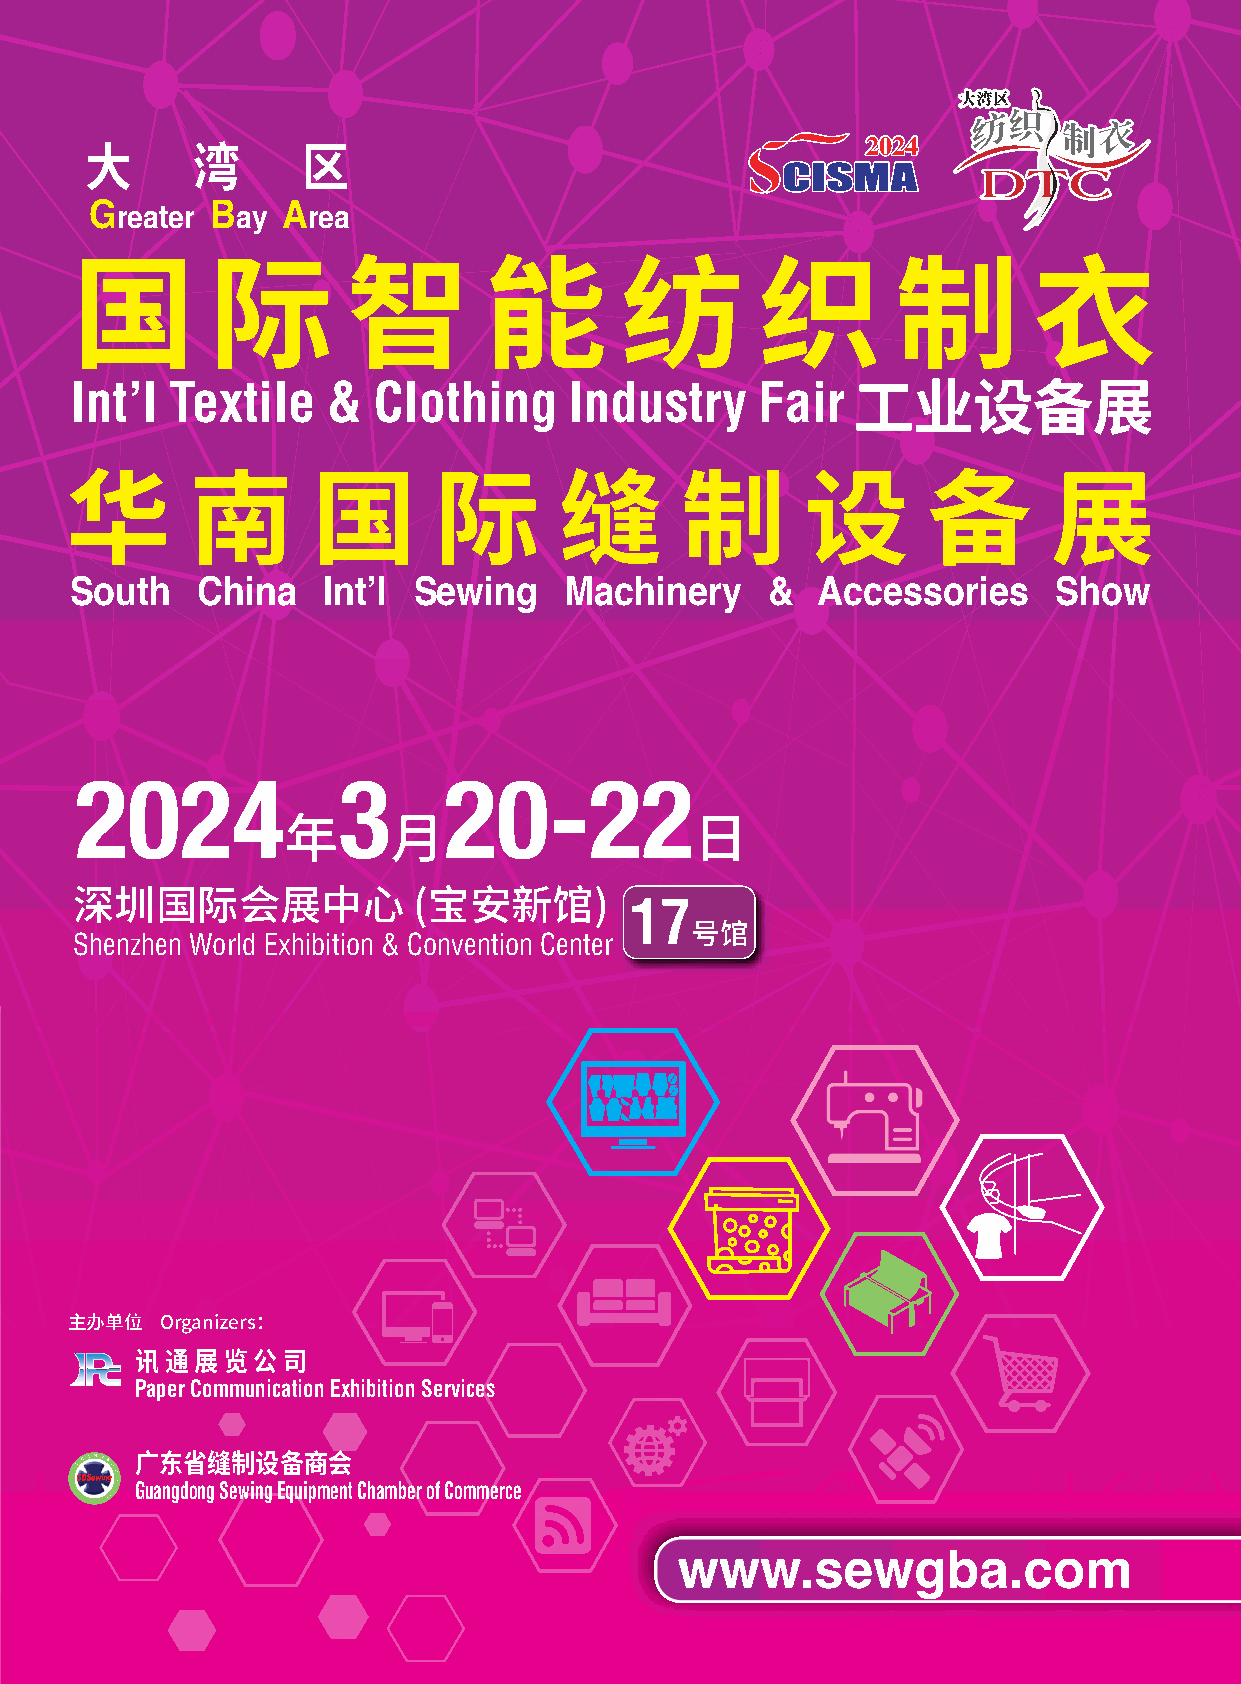
22002244
 大      湾      区
 Greater Bay  Area
 国        际        智        能        纺        织        制        衣
 Int’l Textile    &  Clothing     Industry    Fair
 工业设备展
 华        南       国       际       缝       制       设       备        展
 South   China   Int’l Sewing    Machinery     &  Accessories     Show
 2024             3      20-22
 年      月                   日
 17
 深圳国际会展中心              (宝安新馆)
 Shenzhen World Exhibition & Convention Center
 号馆
 我们有兴趣 参展，请送我们相关资料及与我们联系
 参观，请寄我们参观证
 主办单位  Organizers：
 讯 通 展 览 公 司
 Paper Communication Exhibition Services
 广东省缝制设备商会
 Guangdong Sewing Equipment Chamber of Commerce
 www.sewgba.com